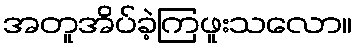
အတူအိပ်ခဲ့ကြဖူးသလော။